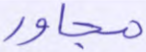
مجاور